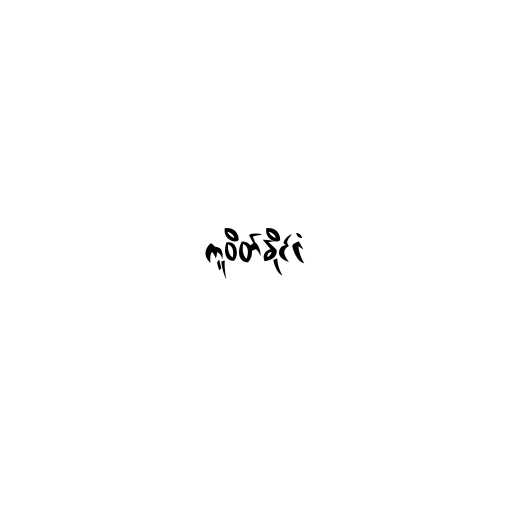
ကူဝိတ်နိုင်ငံ